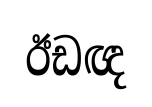
ඊඩඥ